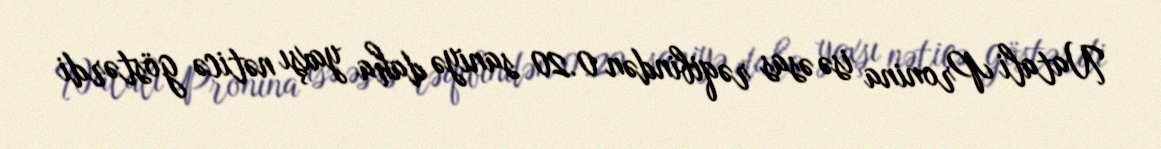
Natali Pronina isə əsas rəqibindən 0.20 saniyə daha yaxşı nəticə göstərdi